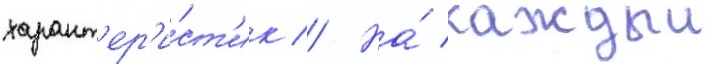
характ'ер'и́ст'ик // На́ каждыи